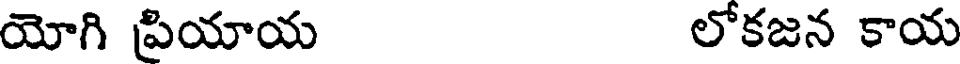
యోగి ప్రియాయ లోకజన కాయ